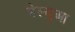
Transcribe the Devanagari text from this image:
मेस्युआ